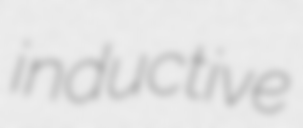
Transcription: inductive